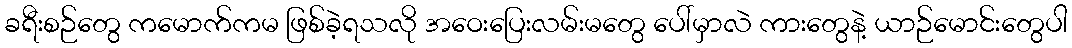
ခရီးစဉ်တွေ ကမောက်ကမ ဖြစ်ခဲ့ရသလို အဝေးပြေးလမ်းမတွေ ပေါ်မှာလဲ ကားတွေနဲ့ ယာဉ်မောင်းတွေပါ